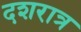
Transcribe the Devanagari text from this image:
दशरात्र